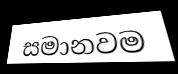
සමානවම